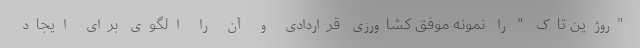
"روژین تاک " را نمونه موفق کشاورزی قراردادی و آن را الگوی برای ایجاد